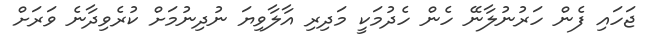
ޖަހައި ފެން ހަރުނުލާނޭ ހެން ހެދުމަކީ މަދިރި އާލާވިޔަ ނުދިނުމަށް ކުރެވިދާނެ ވަރަށް